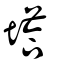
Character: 墖